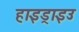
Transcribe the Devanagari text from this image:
हाइड्राइउ